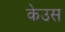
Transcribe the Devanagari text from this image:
केउस